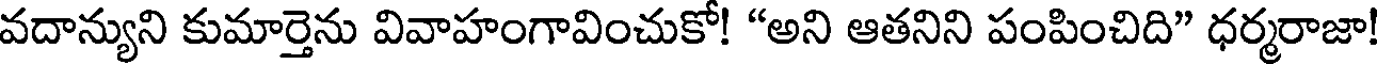
వదాన్యుని కుమార్తెను వివాహంగావించుకో! "అని ఆతనిని పంపించిది" ధర్మరాజా!